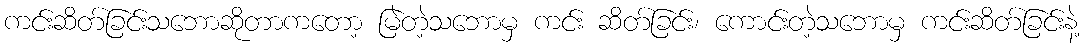
ကင်းဆိတ်ခြင်းသဘောဆိုတာကတော့ မြဲတဲ့သဘောမှ ကင်း ဆိတ်ခြင်း၊ ကောင်းတဲ့သဘောမှ ကင်းဆိတ်ခြင်းနဲ့